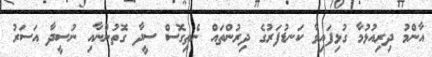
އާންމު ދިރިއުޅުމާ ގުޅިފައިވާ ކަނޑުފަރުގެ ދިރުންތައް ނެތިގޮސް ސީދާ ގޮތުންނާއި ނުސީދާ އަސަރު